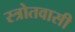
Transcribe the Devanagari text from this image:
स्त्रोतवासी